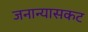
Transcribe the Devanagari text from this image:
जनान्यासकट